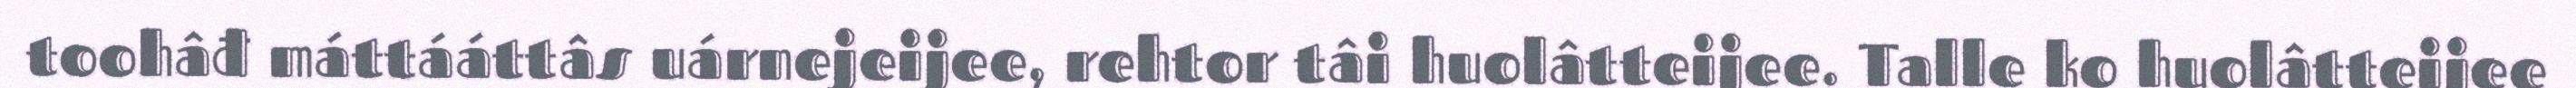
toohâđ máttááttâs uárnejeijee, rehtor tâi huolâtteijee. Talle ko huolâtteijee